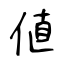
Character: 値